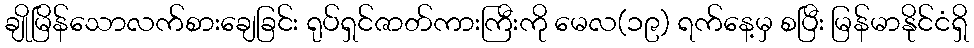
ချိုမြိန်သောလက်စားချေခြင်း ရုပ်ရှင်ဇာတ်ကားကြီးကို မေလ(၁၉) ရက်နေ့မှ စပြီး မြန်မာနိုင်ငံရှိ